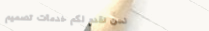
نحن نقدم لكم خدمات تصميم